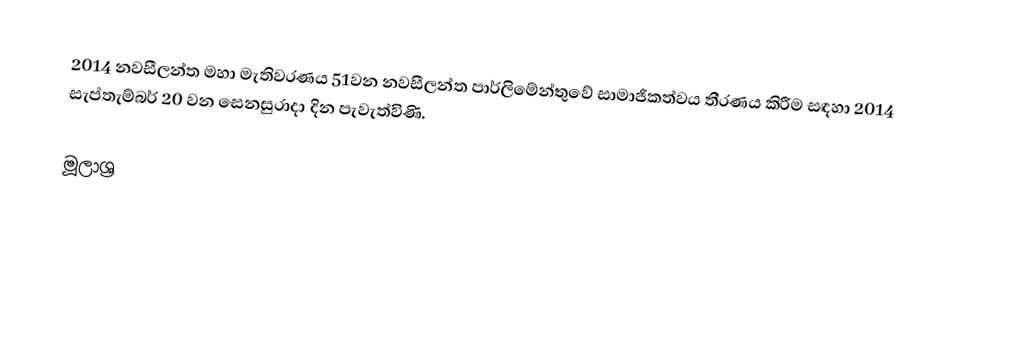
2014 නවසීලන්ත මහා මැතිවරණය 51වන නවසීලන්ත පාර්ලිමේන්තුවේ සාමාජිකත්වය තීරණය කිරීම සඳහා 2014 සැප්තැම්බර් 20 වන සෙනසුරාදා දින පැවැත්විණි.

මූලාශ්‍ර